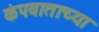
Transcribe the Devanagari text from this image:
कंपवाताच्या